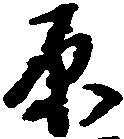
原